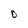
Character: O